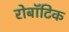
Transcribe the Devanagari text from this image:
रोबॉटिक